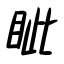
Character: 眦